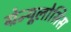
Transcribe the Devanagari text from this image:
ग्रेन्यूलोसिस